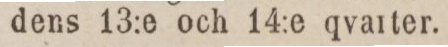
dens 13:e och 14:e qvaiter.